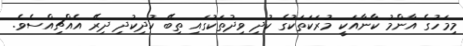
މިމަހުގެ އާންމު ކާނާއަކީ މުރަކަތަކުގެ ކުދި ވިދުތަކުގައި ތިބޭ ކުދިކުދި ދިރޭ އެއްޗިއްސެވެ.